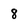
Character: 8